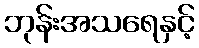
ဘုန်းအသရေနှင့်